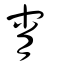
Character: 宵